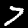
Label: 7